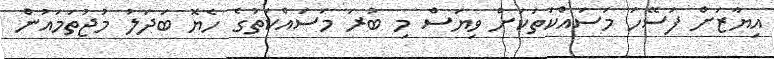
އިޔާޒަށް ފަސޭހަ މަސައްކަތަކަށް ވިޔަސް މި ބުރަ މަސައްކަތުގެ ހެޔޮ ބަދަލު މުޖުތަމައުން